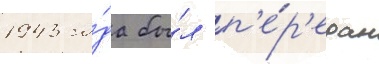
1943 го́да бы́л п'е́р'едан